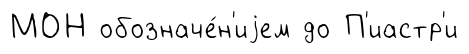
МОН обозначе́н'иjем до П'иастр'и